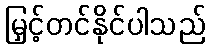
မြှင့်တင်နိုင်ပါသည်